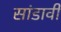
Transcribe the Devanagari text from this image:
सांडावी